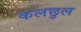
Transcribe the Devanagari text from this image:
कलछुल